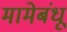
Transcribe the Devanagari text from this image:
मामेबंधू